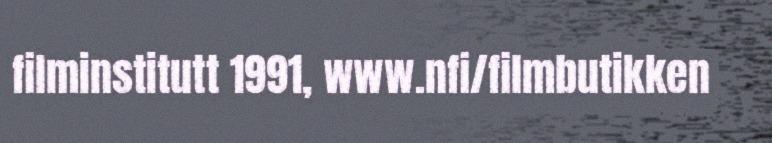
filminstitutt 1991, www.nfi/filmbutikken